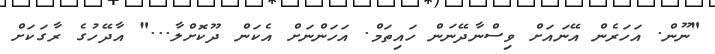
"ނޫން. އަހަރެން އޭނައަށް ވިސްނާދޭނަން ހައިތަމް. އަހަންނަށް އެކަން ދޫކޮށްލާ..." އާދޭހުގެ ރާގަކަށް